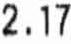
2.17